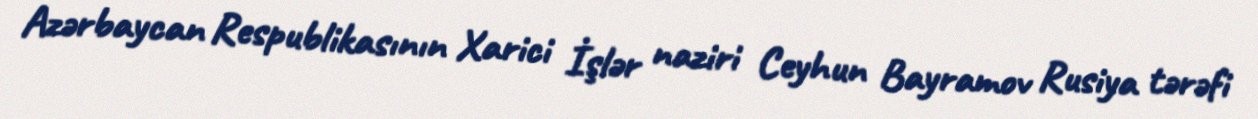
Azərbaycan Respublikasının Xarici İşlər naziri Ceyhun Bayramov Rusiya tərəfi